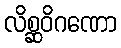
လိစ္ဆဝိဂဏော